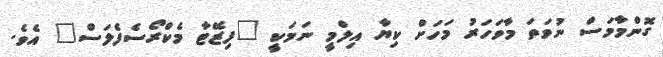
ގޮންމާމަސް ނުވަތަ މާވަހަރު މަހަށް ކިޔާ އިލްމީ ނަމަކީ "ފިޒޭޓާ މެކްރޯސެފެލަސް" އެވެ.